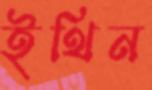
ইথিন